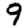
Digit: 9